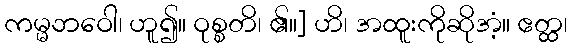
ကမ္မဘဝေါ၊ ဟူ၍။ ဝုစ္စတိ၊ ၏။] ဟိ၊ အထူးကိုဆိုအံ့။ ဧတ္ထ၊